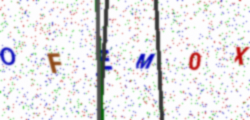
Text: OFEM0X